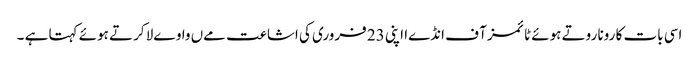
اسی بات کا رونا روتے ہوئے ٹائمز آ ف انڈےا اپنی 23 فروری کی اشاعت مےں واوےلا کرتے ہوئے کہتا ہے ۔